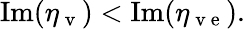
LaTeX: \mathrm{Im}(\eta_{\mathrm{~v~}})<\mathrm{Im}(\eta_{\mathrm{~v~e~}}).